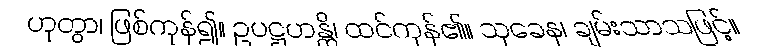
ဟုတွာ၊ ဖြစ်ကုန်၍။ ဥပဋ္ဌဟန္တိ၊ ထင်ကုန်၏။ သုခေန၊ ချမ်းသာသဖြင့်။